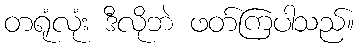
တရုံလုံး ဒီလိုဘဲ ဖတ်ကြပါသည်။